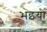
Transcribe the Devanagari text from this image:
भइयो